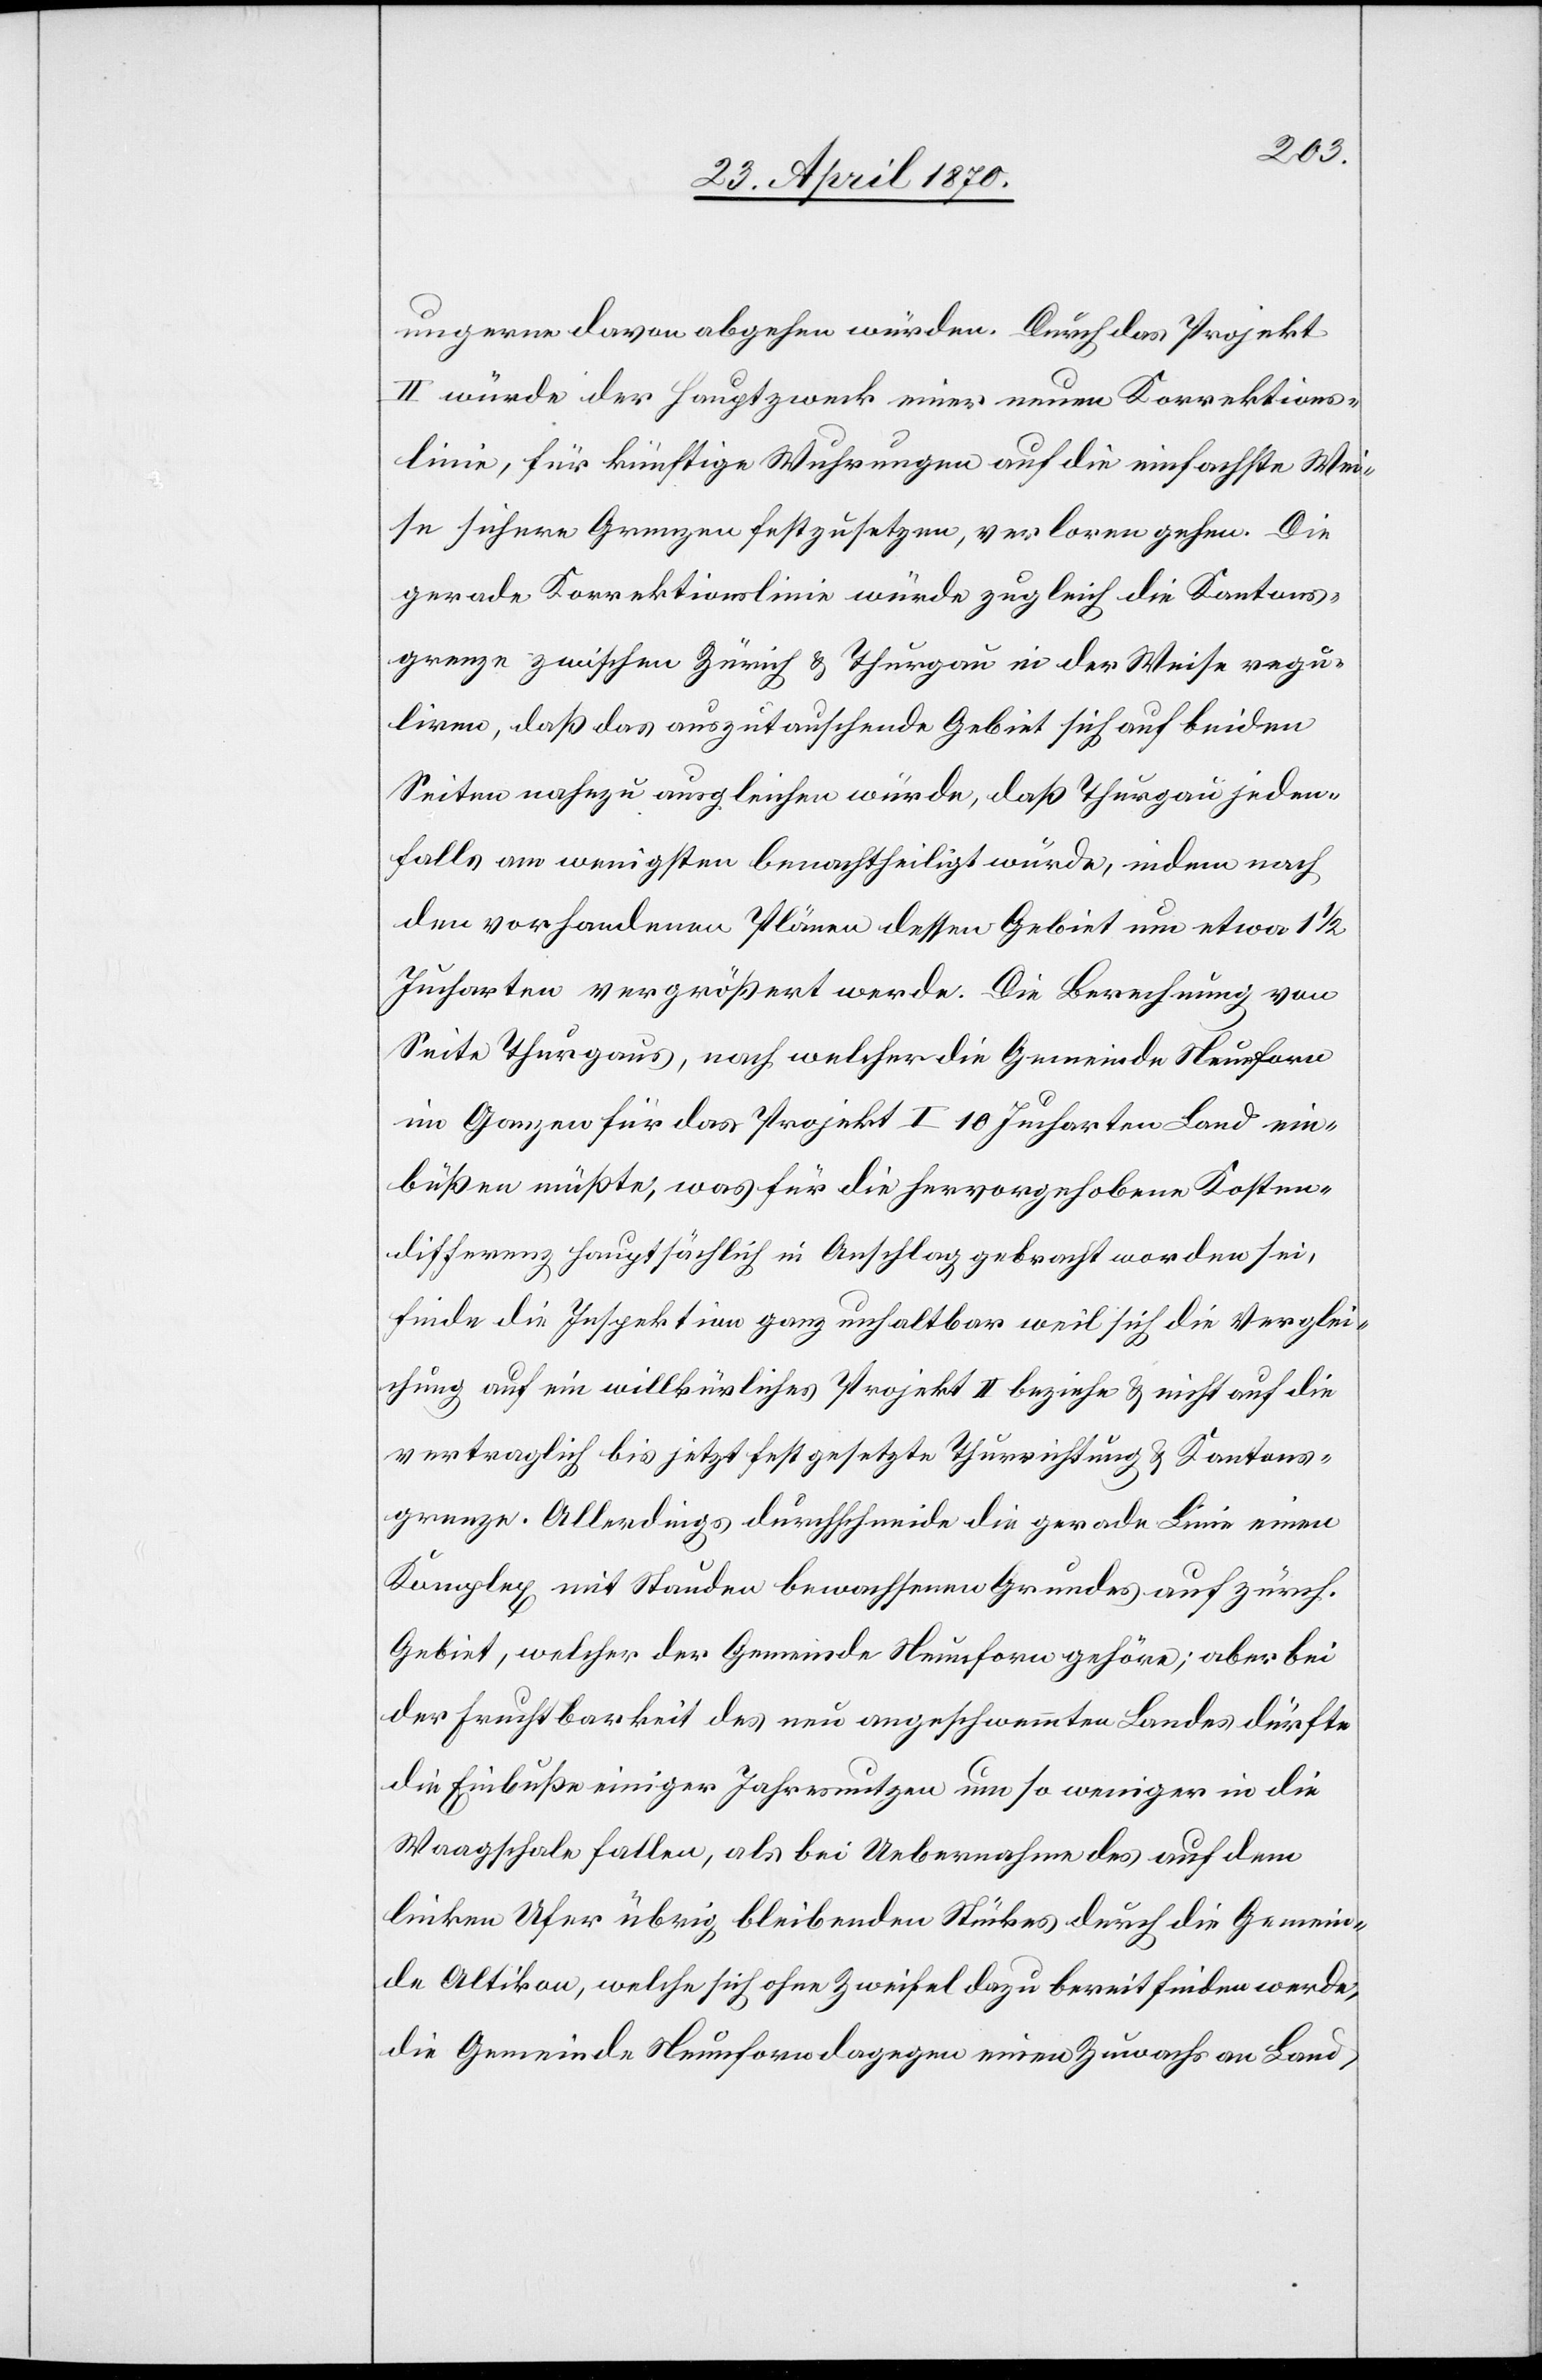
ungerne davon abgehen würden. Durch das Projekt
II würde der Hauptzweck einer neuen Korrektions¬
linie, für künftige Wuhrungen auf die einfachste Wei¬
se sichere Grenzen festzusetzen, verloren gehen. Die
gerade Korrektionslinie würde zugleich die Kantons¬
grenze zwischen Zürich & Thurgau in der Weise regu¬
liren, daß das auszutauschende Gebiet sich auf beiden
Seiten nahezu ausgleichen würde, daß Thurgau jeden¬
falls am wenigsten benachtheiligt würde, indem nach
den vorhandenen Plänen dessen Gebiet um etwa 1 1/2
Jucharten vergrößert werde. Die Berechnung von
Seite Thurgaus, nach welcher die Gemeinde Neunforn
im Ganzen für das Projekt I 10 Jucharten Land ein¬
büßen müßte, was für die hervorgehobene Kosten¬
differenz hauptsächlich in Anschlag gebracht worden sei,
finde die Inspektion ganz unhaltbar weil sich die Verglei¬
chung auf ein willkürliches Projekt II beziehe & nicht auf die
vertraglich bis jetzt festgesetzte Thurrichtung & Kantons¬
grenze. Allerdings durchschneide die gerade Linie einen
Komplex mit Stauden bewachsenen Grundes auf zürch.
Gebiet, welcher der Gemeinde Neunforn gehöre; aber bei
der Fruchtbarkeit des neu angeschwemmten Landes dürfte
die Einbuße einiger Jahresnutzen um so weniger in die
Waagschale fallen, als bei Uebernahme des auf dem
linken Ufer übrig bleibenden Stückes durch die Gemein¬
de Altikon, welche sich ohne Zweifel dazu bereit finden werde,
die Gemeinde Neunforn dagegen einen Zuwachs an Land